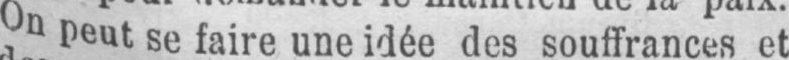
On peut se faire une idée des souffrances et